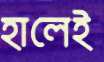
হালেই